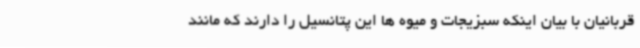
قربانیان با بیان اینکه سبزیجات و میوه ها این پتانسیل را دارند که مانند